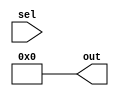
module demux_5b_5x32(sel, out);
	input[4:0] sel;
	output[31:0] out;
	integer i;
	always@(sel) begin
		i = sel;
	end
	assign out = 32'd0;
	assign out[i] = 1'b1;
endmodule